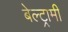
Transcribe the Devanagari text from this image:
बेल्ट्रामी